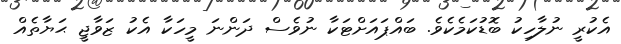
އެކުރީ ނުލާހިކު ބޮޑުކަމެކެވެ. ބައްޕައަށްޓަކާ ނުވެސް ދަންނަ މީހަކާ އެކު ޒަވާޖީ ޙަޔާތެއް